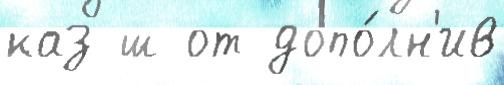
каз ш от допо́лн'ив